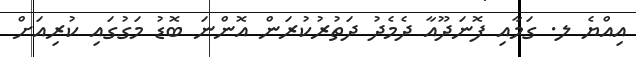
އިއްޔެ ލ. ގަމާއި ފޮނަދޫއާ ދެމެދު ދަތުރުކުރަން އޮންނަ ބޮޑު މަގުގައި ކުރިއަށް